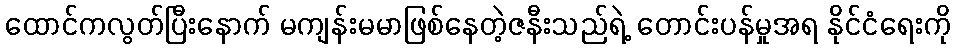
ထောင်ကလွတ်ပြီးနောက် မကျန်းမမာဖြစ်နေတဲ့ဇနီးသည်ရဲ့ တောင်းပန်မှုအရ နိုင်ငံရေးကို